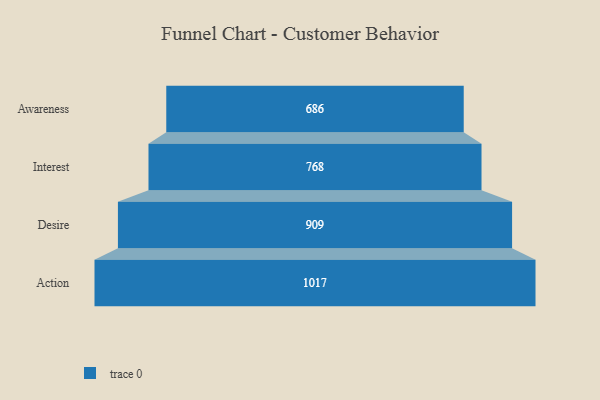
{"axis": {"x": "Stage", "y": "Value"}, "legend": [""], "data": [{"x": "Awareness", "y": 686.0, "type": ""}, {"x": "Interest", "y": 768.0, "type": ""}, {"x": "Desire", "y": 909.0, "type": ""}, {"x": "Action", "y": 1017.0, "type": ""}]}